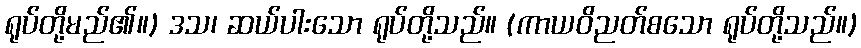
ရုပ်တို့မည်၏။) ဒသ၊ ဆယ်ပါးသော ရုပ်တို့သည်။ (ကာယဝိညတ်စသော ရုပ်တို့သည်။)